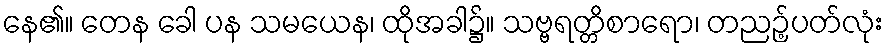
နေ၏။ တေန ခေါ ပန သမယေန၊ ထိုအခါ၌။ သဗ္ဗရတ္တိစာရော၊ တညဉ့်ပတ်လုံး